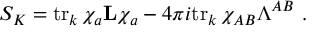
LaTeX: S _ { K } = \mathrm { t r } _ { k } \, \chi _ { a } { \bf L } \chi _ { a } - 4 \pi i \mathrm { t r } _ { k } \, \chi _ { A B } \Lambda ^ { A B } \ .